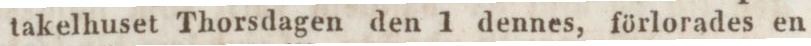
takelhuset Thorsdagen den 1 dennes, förlorades en